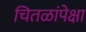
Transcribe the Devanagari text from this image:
चितळांपेक्षा